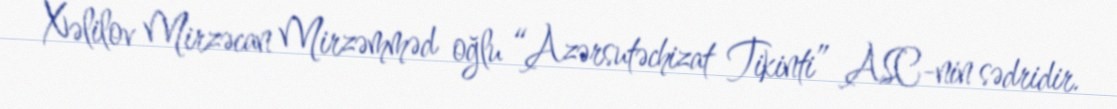
Xəlilov Mirzəcan Mirzəmməd oğlu “Azərsutəchizat Tikinti” ASC-nin sədridir.